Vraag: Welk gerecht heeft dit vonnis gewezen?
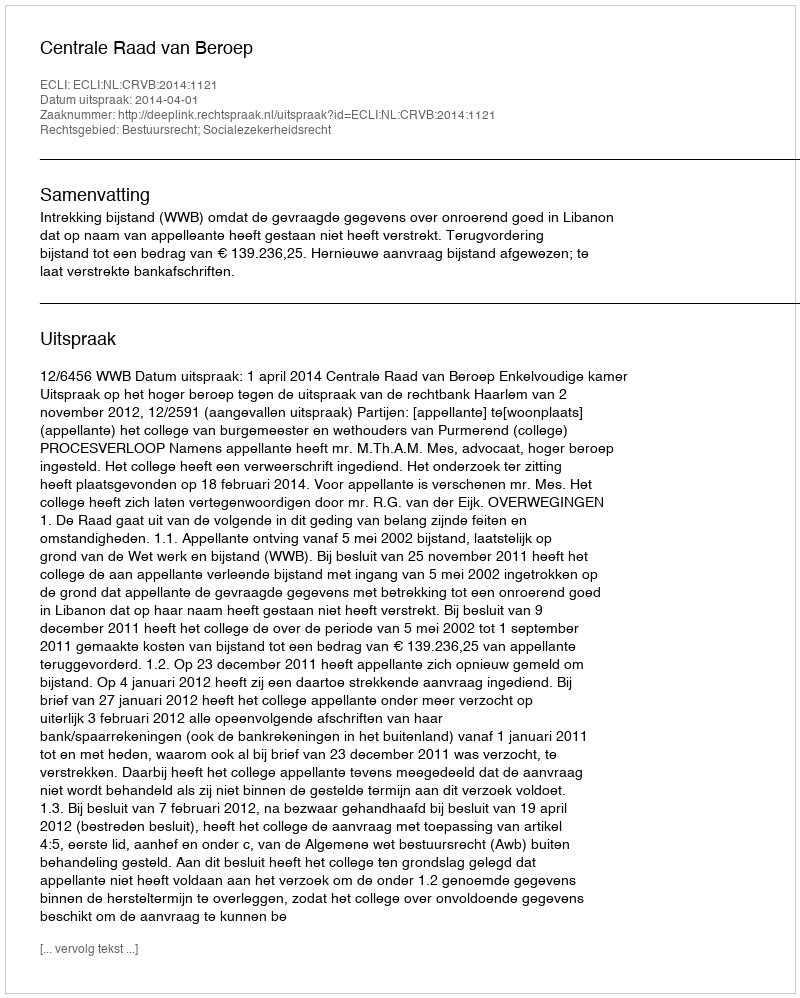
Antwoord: Centrale Raad van Beroep